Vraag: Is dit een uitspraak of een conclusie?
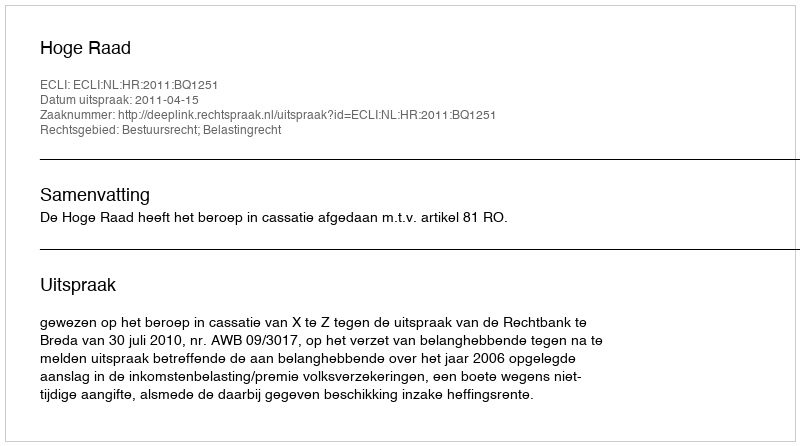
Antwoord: Uitspraak